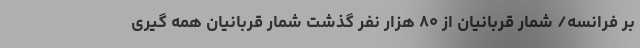
بر فرانسه/ شمار قربانیان از ۸۰ هزار نفر گذشت شمار قربانیان همه گیری